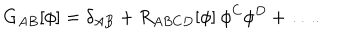
LaTeX: G _ { A B } [ \phi ] = \delta _ { A B } + R _ { A B C D } [ \phi ] \: \phi ^ { C } \phi ^ { D } + \ldots .